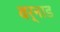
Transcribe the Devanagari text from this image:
वर्नाड